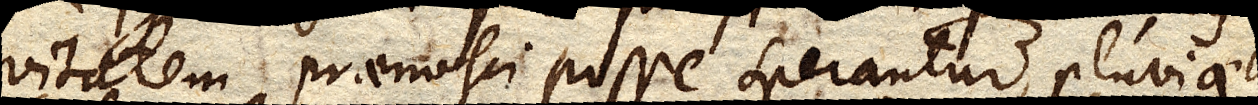
vitatem praenosci posse sperantur, pluviae